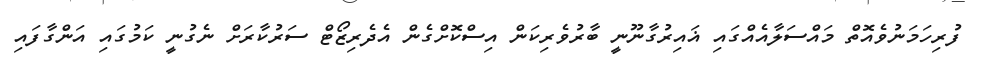
ފުރިހަމަނުވެއޮތް މައްސަލާއެއްގައި ޣައިރުގާނޫނީ ބާރުވެރިކަން އިސްކޮށްގެން އެދެރިޒޯޓް ސަރުކާރަށް ނެގުނީ ކަމުގައި އަންގާފައި